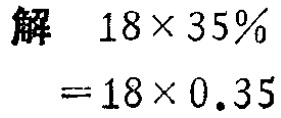
```

解

$18\times35\%$

$=18\times0.35$

```